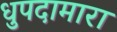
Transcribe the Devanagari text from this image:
धुपदामारा